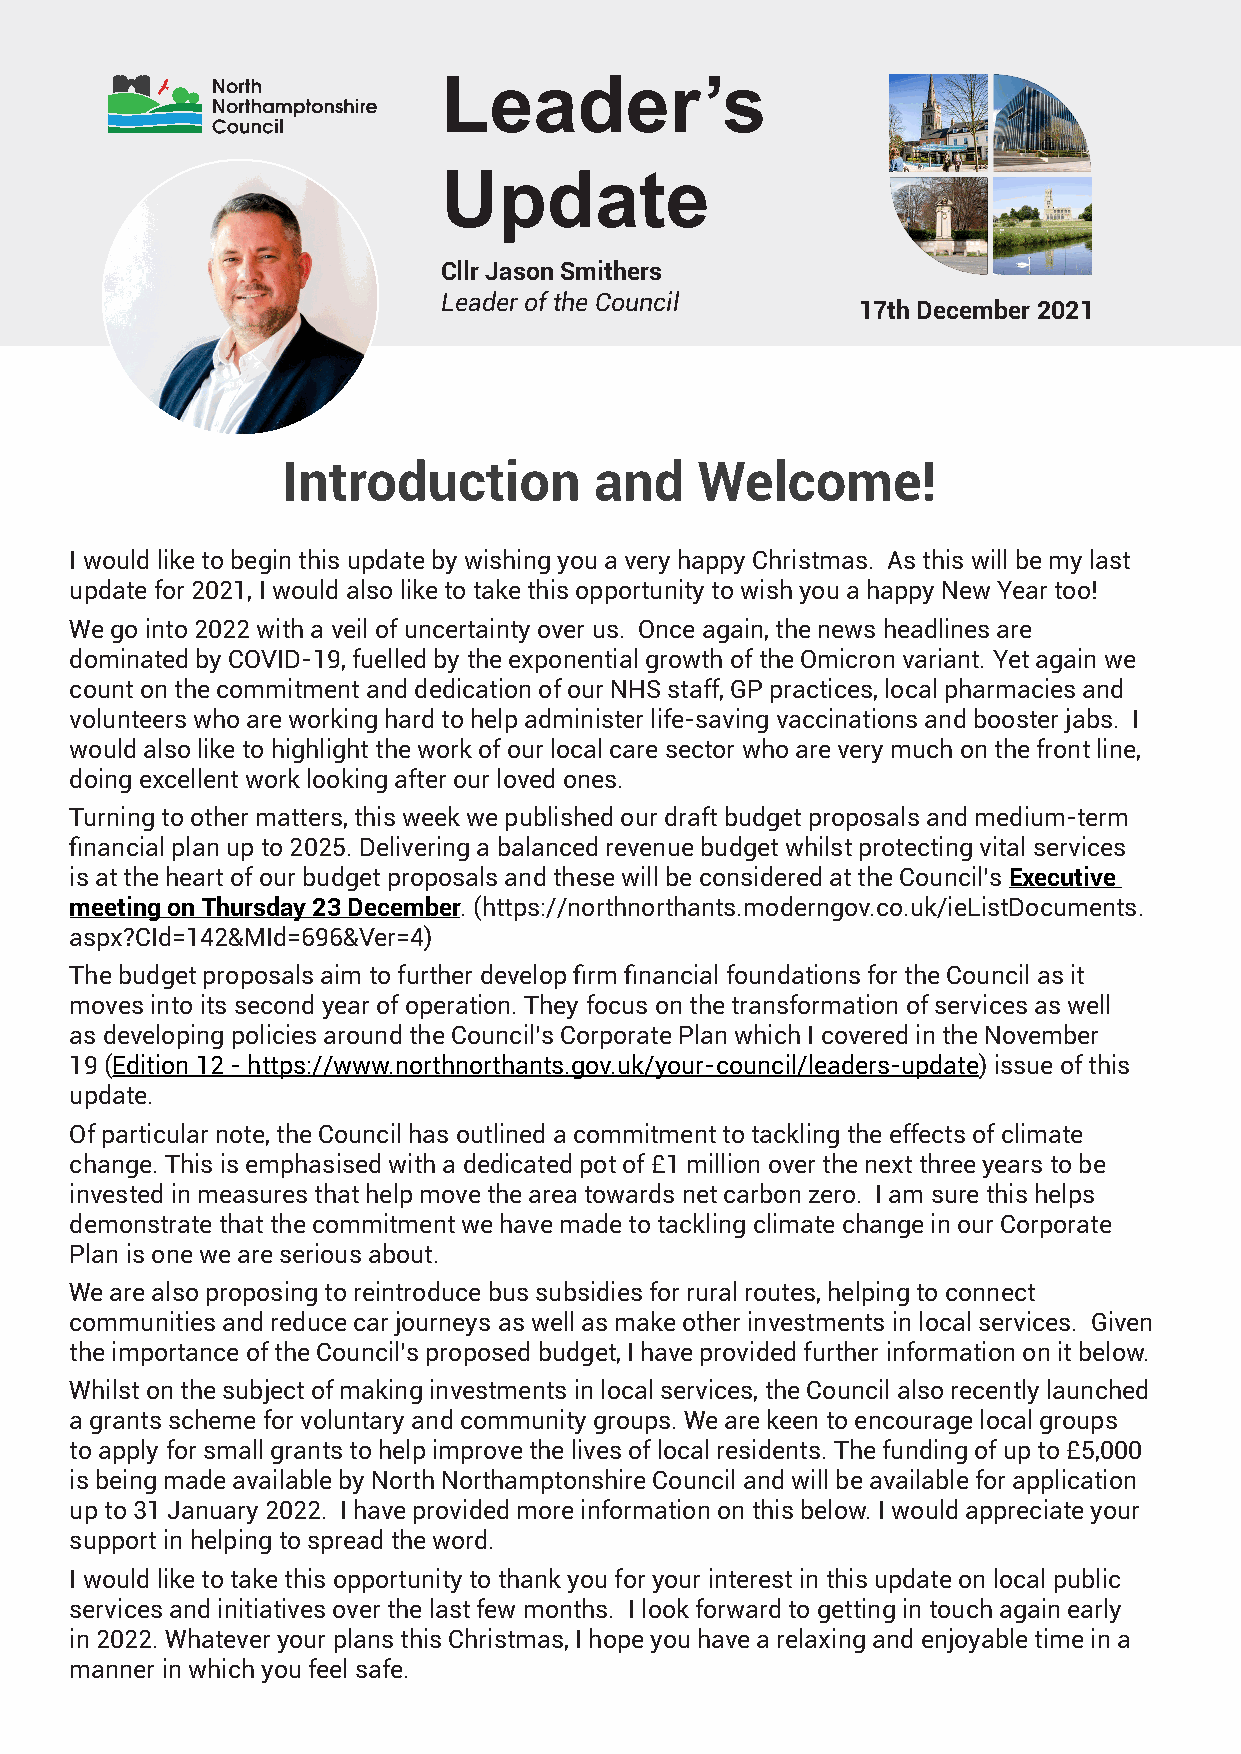
Leader’s
 Update
 Cllr Jason Smithers
 Leader of the Council
 17th December 2021
 Introduction        and    Welcome!
 I would like to begin this update by wishing you a very happy Christmas. As this will be my last
 update for 2021, I would also like to take this opportunity to wish you a happy New Year too!
 We go into 2022 with a veil of uncertainty over us. Once again, the news headlines are
 dominated by COVID-19, fuelled by the exponential growth of the Omicron variant. Yet again we
 count on the commitment and dedication of our NHS staff, GP practices, local pharmacies and
 volunteers who are working hard to help administer life-saving vaccinations and booster jabs. I
 would also like to highlight the work of our local care sector who are very much on the front line,
 doing excellent work looking after our loved ones.
 Turning to other matters, this week we published our draft budget proposals and medium-term
 financial plan up to 2025. Delivering a balanced revenue budget whilst protecting vital services
 is at the heart of our budget proposals and these will be considered at the Council’s Executive
 meeting on Thursday 23 December. (https://northnorthants.moderngov.co.uk/ieListDocuments.
 aspx?CId=142&MId=696&Ver=4)
 The budget proposals aim to further develop firm financial foundations for the Council as it
 moves into its second year of operation. They focus on the transformation of services as well
 as developing policies around the Council’s Corporate Plan which I covered in the November
 19 (Edition 12 - https://www.northnorthants.gov.uk/your-council/leaders-update) issue of this
 update.
 Of particular note, the Council has outlined a commitment to tackling the effects of climate
 change. This is emphasised with a dedicated pot of £1 million over the next three years to be
 invested in measures that help move the area towards net carbon zero. I am sure this helps
 demonstrate that the commitment we have made to tackling climate change in our Corporate
 Plan is one we are serious about.
 We are also proposing to reintroduce bus subsidies for rural routes, helping to connect
 communities and reduce car journeys as well as make other investments in local services. Given
 the importance of the Council’s proposed budget, I have provided further information on it below.
 Whilst on the subject of making investments in local services, the Council also recently launched
 a grants scheme for voluntary and community groups. We are keen to encourage local groups
 to apply for small grants to help improve the lives of local residents. The funding of up to £5,000
 is being made available by North Northamptonshire Council and will be available for application
 up to 31 January 2022. I have provided more information on this below. I would appreciate your
 support in helping to spread the word.
 I would like to take this opportunity to thank you for your interest in this update on local public
 services and initiatives over the last few months. I look forward to getting in touch again early
 in 2022. Whatever your plans this Christmas, I hope you have a relaxing and enjoyable time in a
 manner in which you feel safe.